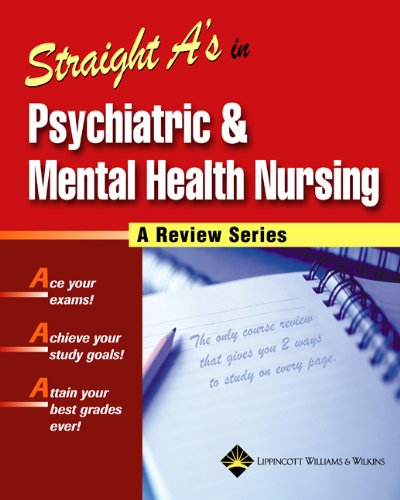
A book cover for Straight A's in Psychiatric and Mental Health Nursing; Springhouse; Medical Books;